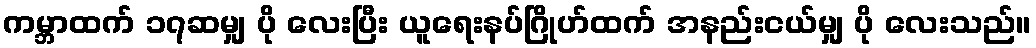
ကမ္ဘာထက် ၁၇ဆမျှ ပို လေးပြီး ယူရေးနပ်ဂြိုဟ်ထက် အနည်းငယ်မျှ ပို လေးသည်။